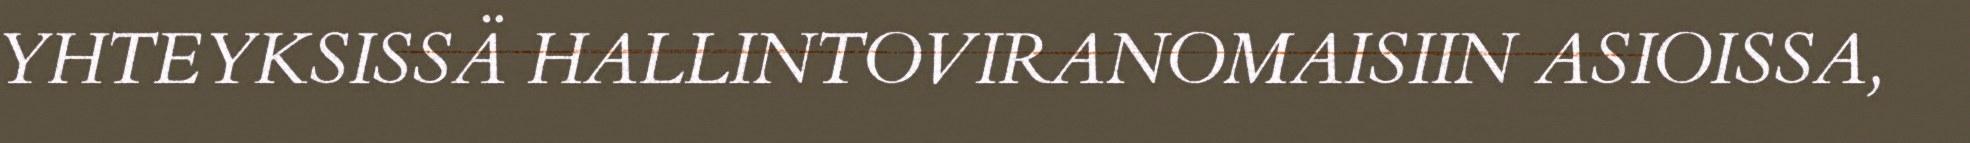
YHTEYKSISSÄ HALLINTOVIRANOMAISIIN ASIOISSA,